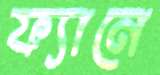
ফ্যানে